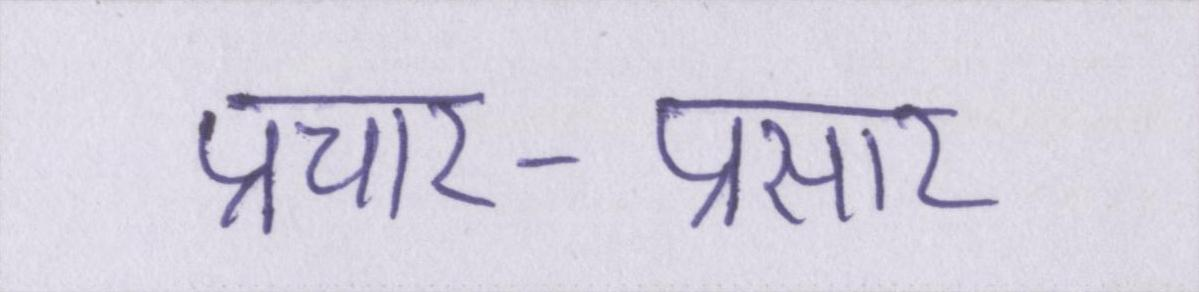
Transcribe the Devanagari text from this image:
प्रचार-प्रसार